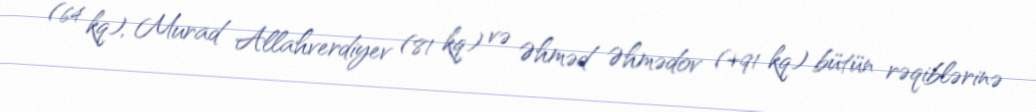
(64 kq), Murad Allahverdiyev (81 kq) və Əhməd Əhmədov (+91 kq) bütün rəqiblərinə